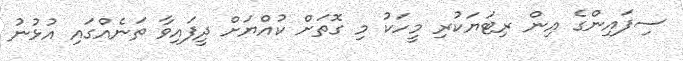
ސިފައިންގެ އިން ރިޓަޔަކުރި މީހަކު މި ގޮތަށް ކުއްޔަށް ދީފައިވާ ތަނެއްގައި އުޅުނު